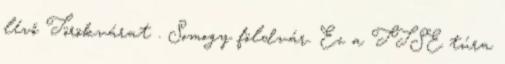
lévő Törökvárat . Somogy földvár. Ez a TTSE túra